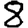
Digit: 8